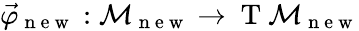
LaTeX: \vec{\varphi}_{\mathrm{~n~e~w~}}:\mathcal{M}_{\mathrm{~n~e~w~}}\to\mathrm{~T~}\mathcal{M}_{\mathrm{~n~e~w~}}